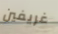
غريفين